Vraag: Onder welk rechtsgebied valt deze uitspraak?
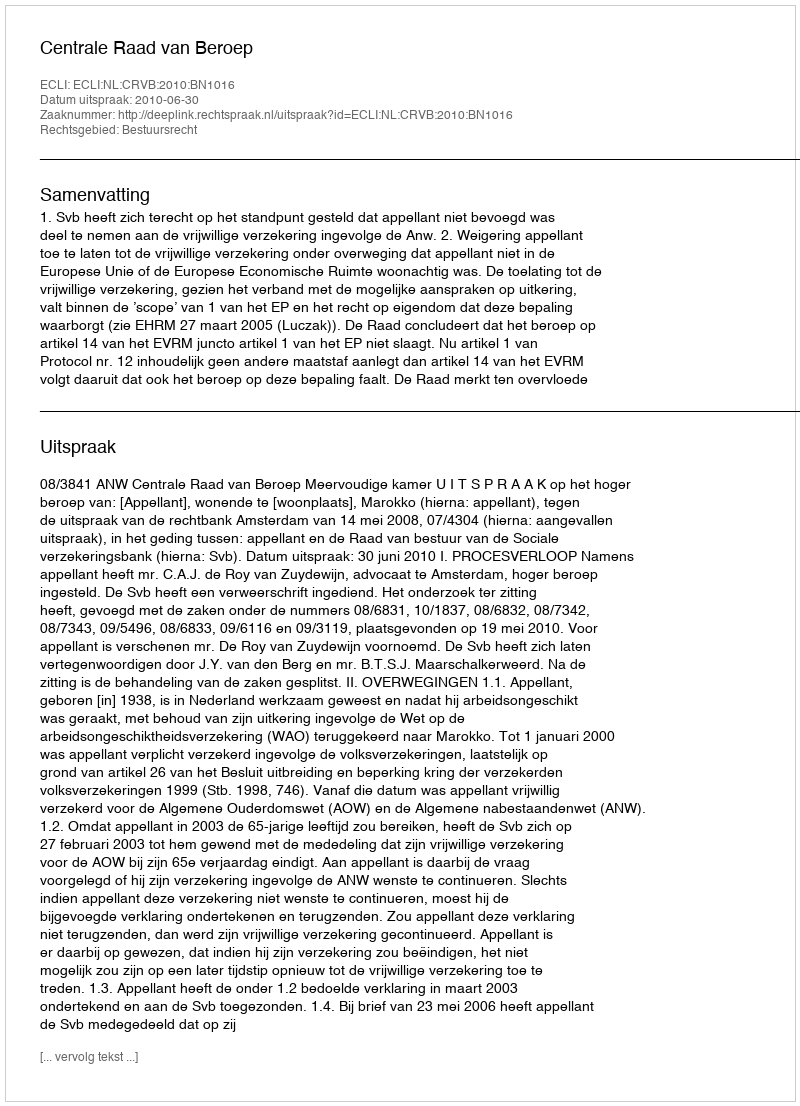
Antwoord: Bestuursrecht